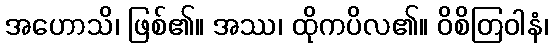
အဟောသိ၊ ဖြစ်၏။ အဿ၊ ထိုကပိလ၏။ ဝိစိတြဝါနံ၊